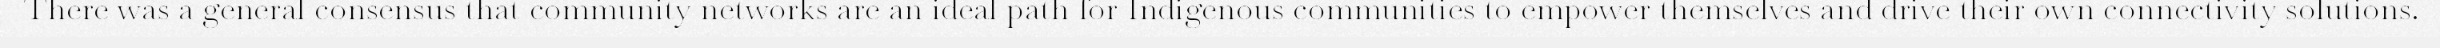
There was a general consensus that community networks are an ideal path for Indigenous communities to empower themselves and drive their own connectivity solutions.